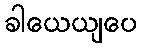
ခါယေယျပေ